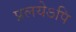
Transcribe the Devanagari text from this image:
प्रलयेऽपि